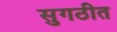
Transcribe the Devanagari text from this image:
सुगठीत